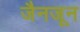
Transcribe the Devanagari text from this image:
जैनजून